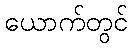
ယောက်တွင်